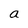
Character: a